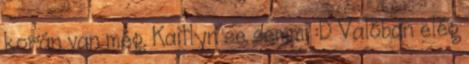
korán van még. Kaitlyn se semmi :D Valóban elég